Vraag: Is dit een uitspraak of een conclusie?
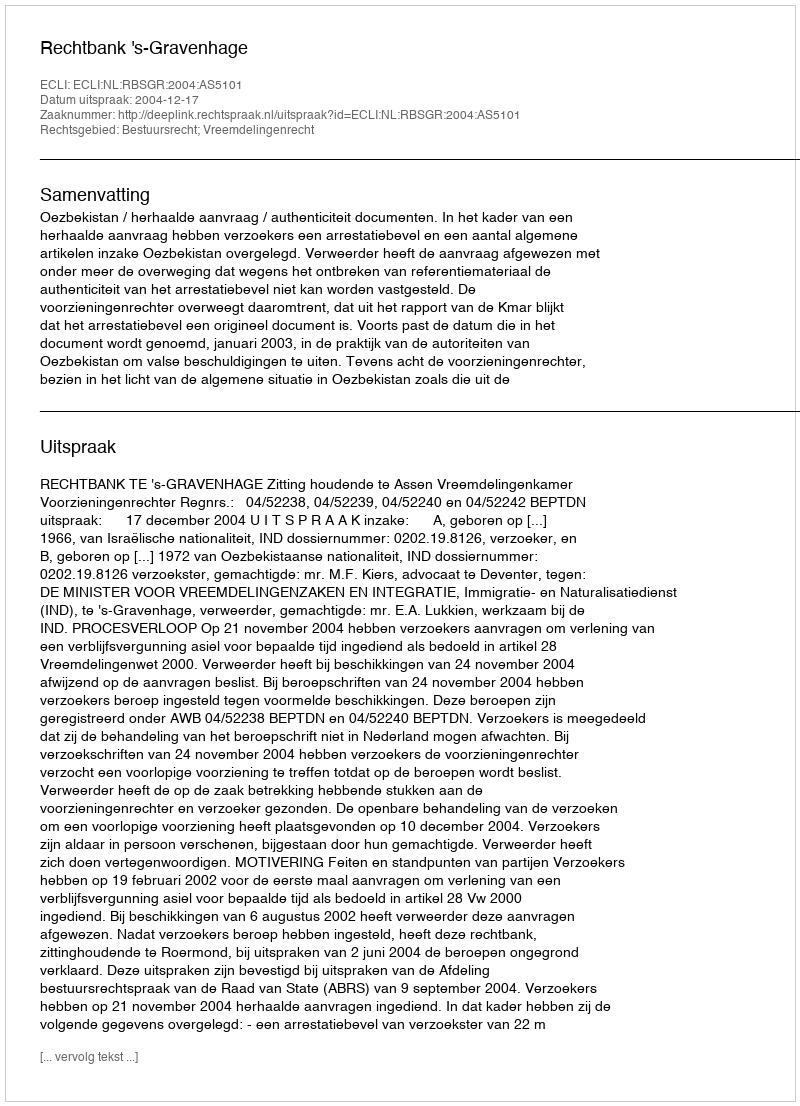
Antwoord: Uitspraak